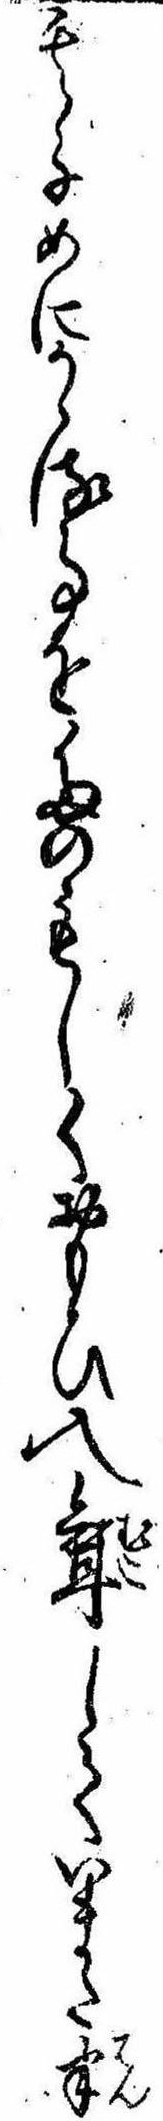
其子めにかゝる事をたのもしくおもひ入婿していまた半